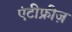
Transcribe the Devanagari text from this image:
एंटीफ्रीज़